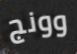
وونج